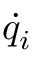
\dot { q } _ { i }